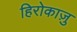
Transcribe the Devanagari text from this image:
हिरोकाज़ु